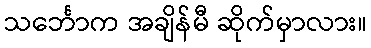
သင်္ဘောက အချိန်မီ ဆိုက်မှာလား။